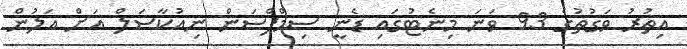
އިތުރު ވަގުތުގެ 93 ވަނަ މިނެޓުގައި ޑެނީ ސިމްޕްސަން ނިއުކާސަލް އަށް އަލުން